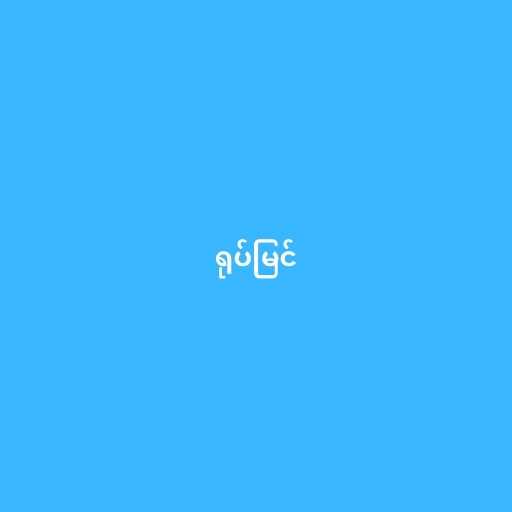
ရုပ်မြင်